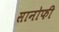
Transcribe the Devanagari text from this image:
सानोफी